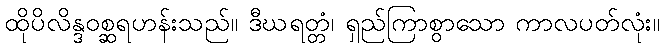
ထိုပိလိန္ဒဝစ္ဆရဟန်းသည်။ ဒီဃရတ္တံ၊ ရှည်ကြာစွာသော ကာလပတ်လုံး။